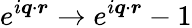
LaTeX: e^{i\boldsymbol{q}\cdot\boldsymbol{r}}\rightarrow e^{i\boldsymbol{q}\cdot\boldsymbol{r}}-1